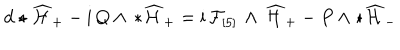
d \star \widehat { \mathcal { H } } _ { + } - \mathrm { i } \, Q \wedge \, * \widehat { \mathcal { H } } _ { + } = \mathrm { i } \, \mathcal { F } _ { [ 5 ] } \, \wedge \, \widehat { \mathcal { H } } _ { + } - P \wedge \star \widehat { \mathcal { H } } _ { - }